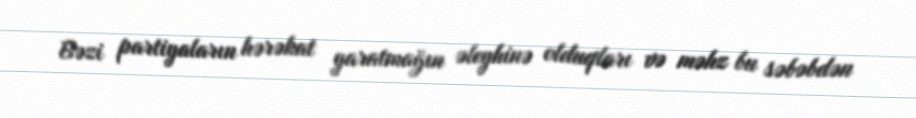
Bəzi partiyaların hərəkat yaratmağın əleyhinə olduqları və məhz bu səbəbdən